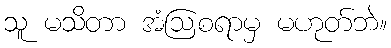
သူ မသိတာ အံဩစရာမှ မဟုတ်ဘဲ။